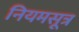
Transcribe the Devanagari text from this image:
नियमसूत्र